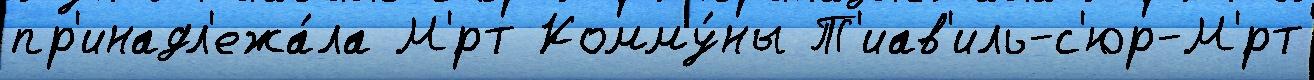
пр'инадл'ежа́ла М'́рт Комму́ны Т'иав'иль-с'юр-М'́рт